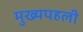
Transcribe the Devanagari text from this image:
मुख्यपहली